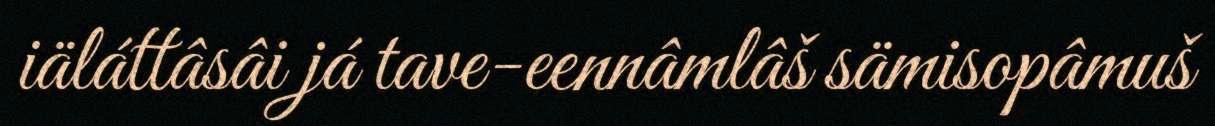
iäláttâsâi já tave-eennâmlâš sämisopâmuš